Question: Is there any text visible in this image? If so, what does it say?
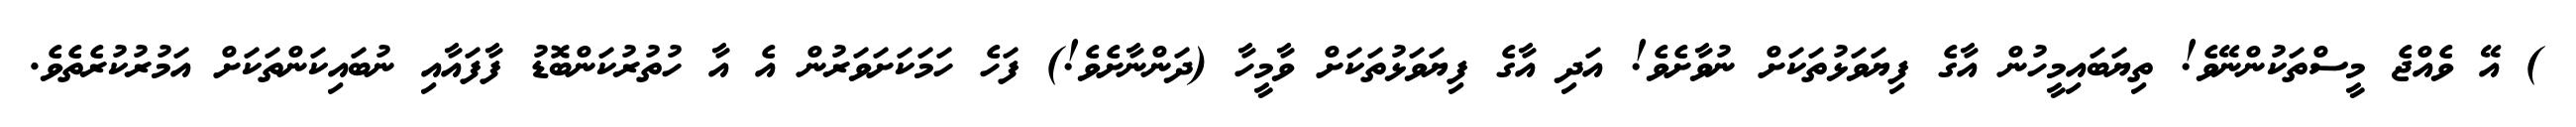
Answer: ) އޭ ވެއްޖެ މީސްތަކުންނޭވެ! ތިޔަބައިމީހުން އާގެ ފިޔަވަޅުތަކަށް ނުވާށެވެ! އަދި އާގެ ފިޔަވަޅުތަކަށް ވާމީހާ (ދަންނާށެވެ!) ފަހެ ހަމަކަށަވަރުން އެ އާ ހުތުރުކަންބޮޑު ފާފައާއި ނުބައިކަންތަކަށް އަމުރުކުރެތެވެ.